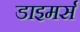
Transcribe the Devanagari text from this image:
डाइमर्स